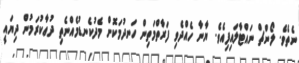
ނެތެވެ. ލޯންޗް ނައްޓާލައިފިއެވެ. ޔާނާ ހެއްދެވި ފަރާތްމަތިން ހަނދުމަކޮށް މެދުކެނޑުމެއްނެތި ދުޢާކުރަމުން ދިޔައީ